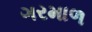
ગરમાળ